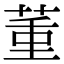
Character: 𦱦